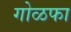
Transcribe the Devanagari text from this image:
गोळफा